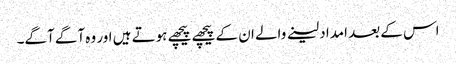
اس کے بعد امداد لینے والے ان کے پیچھے پیچھے ہوتے ہیں اور وہ آگے آگے۔